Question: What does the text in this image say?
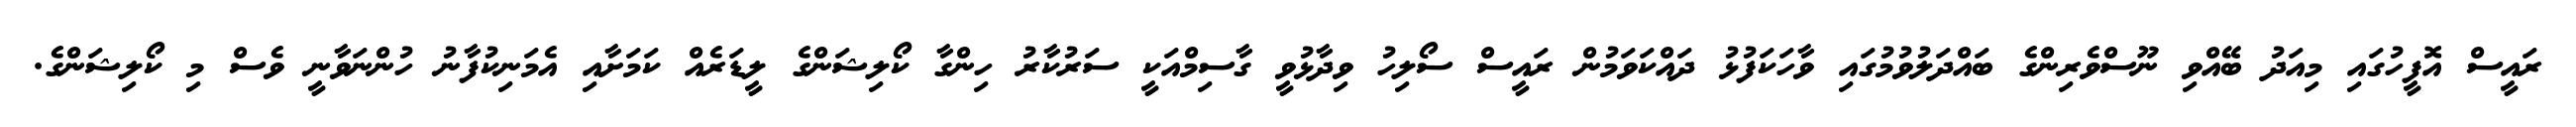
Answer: ރައީސް އޮފީހުގައި މިއަދު ބޭއްވި ނޫސްވެރިންގެ ބައްދަލުވުމުގައި ވާހަކަފުޅު ދައްކަވަމުން ރައީސް ސޯލިހު ވިދާޅުވީ ގާސިމްއަކީ ސަރުކާރު ހިންގާ ކޯލިޝަންގެ ލީޑަރެއް ކަމަށާއި އެމަނިކުފާނު ހުންނަވާނީ ވެސް މި ކޯލިޝަންގެ.